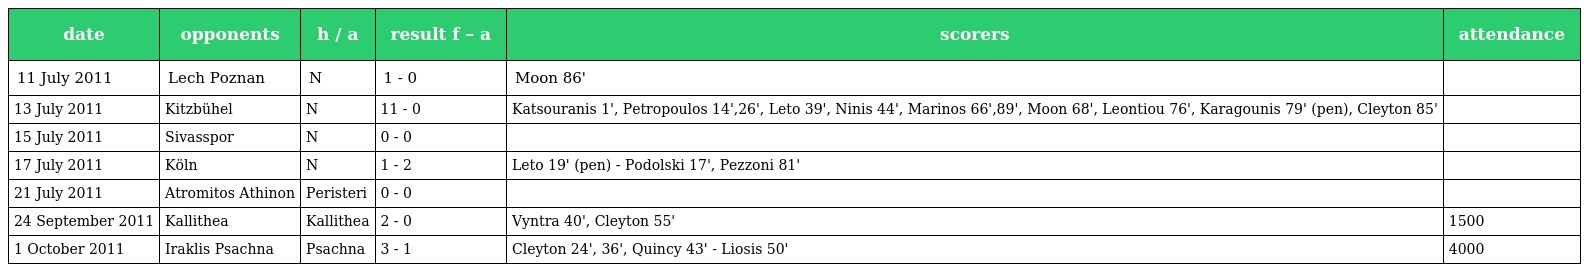
| date | opponents | h / a | result f – a | scorers | attendance |
 | --- | --- | --- | --- | --- | --- |
 | 11 July 2011 | Lech Poznan | N | 1 - 0 | Moon 86' |  |
 | 13 July 2011 | Kitzbühel | N | 11 - 0 | Katsouranis 1', Petropoulos 14',26', Leto 39', Ninis 44', Marinos 66',89', Moon 68', Leontiou 76', Karagounis 79' (pen), Cleyton 85' |  |
 | 15 July 2011 | Sivasspor | N | 0 - 0 |  |  |
 | 17 July 2011 | Köln | N | 1 - 2 | Leto 19' (pen) - Podolski 17', Pezzoni 81' |  |
 | 21 July 2011 | Atromitos Athinon | Peristeri | 0 - 0 |  |  |
 | 24 September 2011 | Kallithea | Kallithea | 2 - 0 | Vyntra 40', Cleyton 55' | 1500 |
 | 1 October 2011 | Iraklis Psachna | Psachna | 3 - 1 | Cleyton 24', 36', Quincy 43' - Liosis 50' | 4000 |